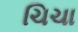
ચિચા